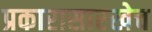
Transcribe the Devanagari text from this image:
प्रकारासारखेच